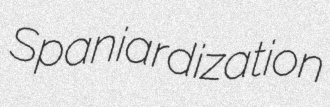
Spaniardization